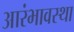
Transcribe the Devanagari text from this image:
आरंभावस्था